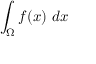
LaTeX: \int _ { \Omega } f ( x ) \ d x